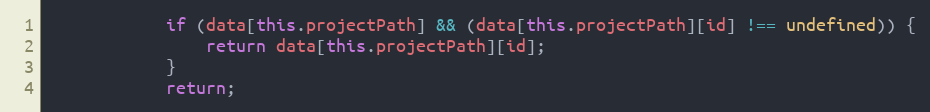
Language: JavaScript
            if (data[this.projectPath] && (data[this.projectPath][id] !== undefined)) {
                return data[this.projectPath][id];
            }
            return;